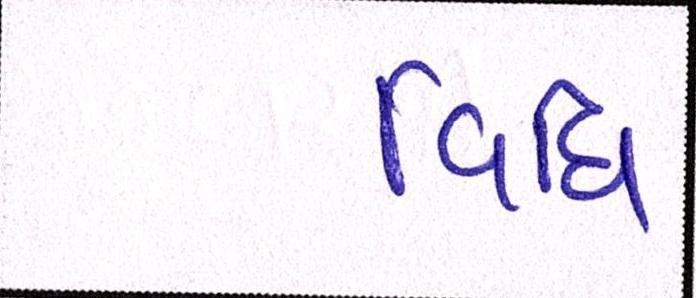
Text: વિધિ